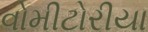
વોમીટોરીયા